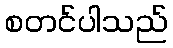
စတင်ပါသည်